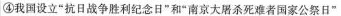
④我国设立”抗日战争胜利纪念日”和”南京大屠杀死难者国家公祭日”